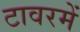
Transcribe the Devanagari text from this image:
टावरमें